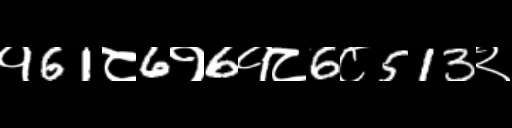
Text: १61८6१6१८6८513२